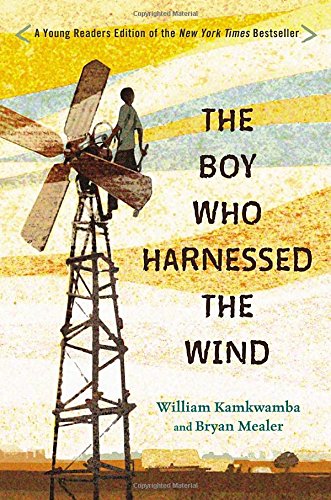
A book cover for The Boy Who Harnessed the Wind: Young Readers Edition; William Kamkwamba; Children's Books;